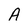
Character: A